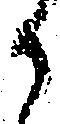
か